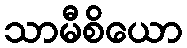
သာမီစိယော